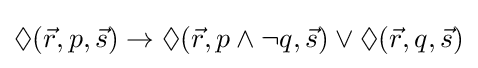
\Diamond ({\vec {r}},p,{\vec {s}})\rightarrow \Diamond ({\vec {r}},p\wedge \neg q,{\vec {s}})\vee \Diamond ({\vec {r}},q,{\vec {s}})